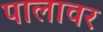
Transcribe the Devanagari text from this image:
पालावर